Annual report of the Punjab Veterinary College and of the Civil Veterinary Department, Punjab - 1920-1925
Year: 1920
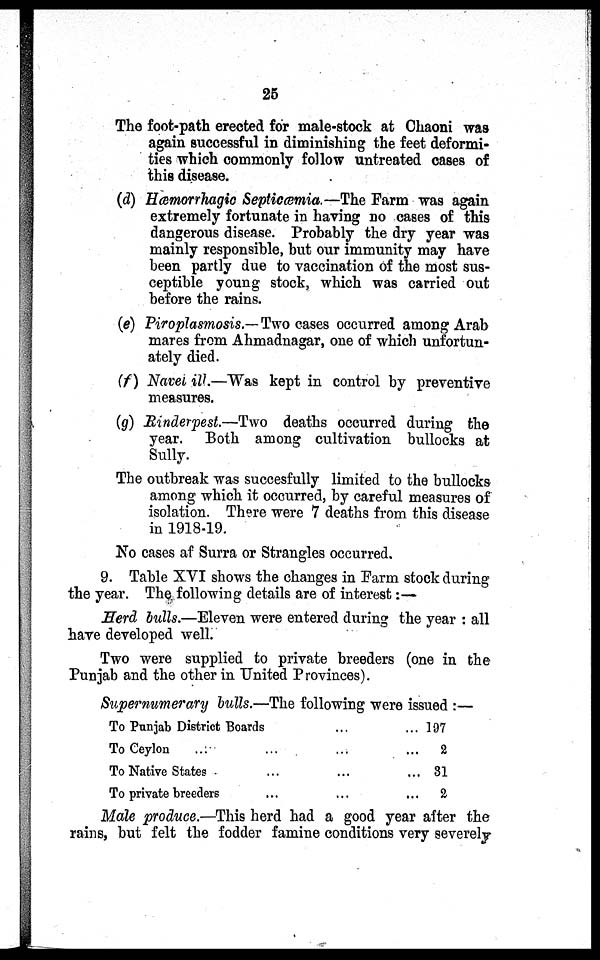
25
The foot-path erected for male-stock at Chaoni was
again successful in diminishing the feet deformi-
ties which commonly follow untreated cases of
this disease.
(d) Hæmorrhagic Septicæmia.—The Farm was again
extremely fortunate in having no cases of this
dangerous disease. Probably the dry year was
mainly responsible, but our immunity may have
been partly due to vaccination of the most sus-
ceptible young stock, which was carried out
before the rains.
(e) Piroplasmosis.—Two cases occurred among Arab
mares from Ahmadnagar, one of which unfortun-
ately died.
(f) Navei ill.—Was kept in control by preventive
measures.
(g) Rinderpest.—Two deaths occurred during the
year. Both among cultivation bullocks at
Sully.
The outbreak was succesfully limited to the bullocks
among which it occurred, by careful measures of
isolation. There were 7 deaths from this disease
in 1918-19.
No cases af Surra or Strangles occurred.
9. Table XVI shows the changes in Farm stock during
the year. The following details are of interest:—
Herd bulls.—Eleven were entered during the year: all
have developed well.
Two were supplied to private breeders (one in the
Punjab and the other in United Provinces).
Supernumerary bulls.—The following were issued:—
To Punjab District Boards
To Ceylon ...
To Native States
To private breeders
...
...
...
...
...
...
...
... 197
... 2
... 31
...
2
Male produce.—This herd had a good year after the
rains, but felt the fodder famine conditions very severely